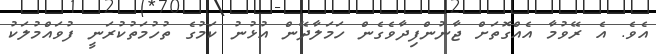
އެވެ. އެ ރޭވުމާ އެއްގޮތަށް ޖާނުންފިދާވެގެން ހަމަލާދޭން އުޅުނު ކަމުގެ ތުހުމަތުކުރަނީ ފުވައްމުލަކު